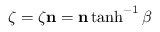
{ \boldsymbol { \zeta } } = \zeta \mathbf { n } = \mathbf { n } \operatorname { t a n h } ^ { - 1 } \beta